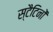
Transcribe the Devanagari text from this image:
स्टैटिनों